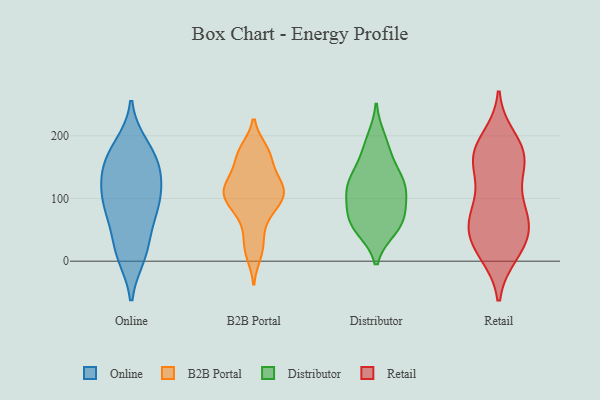
{"axis": {"x": "Inventory Turnover", "y": "Value"}, "legend": ["B2B Portal", "Distributor", "Online", "Retail"], "data": [{"x": "", "y": 79, "type": "Online"}, {"x": "", "y": 183, "type": "Online"}, {"x": "", "y": 76, "type": "Online"}, {"x": "", "y": 121, "type": "Online"}, {"x": "", "y": 91, "type": "Online"}, {"x": "", "y": 163, "type": "Online"}, {"x": "", "y": 87, "type": "Online"}, {"x": "", "y": 156, "type": "Online"}, {"x": "", "y": 129, "type": "Online"}, {"x": "", "y": 10, "type": "Online"}, {"x": "", "y": 172, "type": "Online"}, {"x": "", "y": 21, "type": "Online"}, {"x": "", "y": 129, "type": "Online"}, {"x": "", "y": 17, "type": "Online"}, {"x": "", "y": 177, "type": "B2B Portal"}, {"x": "", "y": 172, "type": "B2B Portal"}, {"x": "", "y": 114, "type": "B2B Portal"}, {"x": "", "y": 89, "type": "B2B Portal"}, {"x": "", "y": 12, "type": "B2B Portal"}, {"x": "", "y": 111, "type": "B2B Portal"}, {"x": "", "y": 135, "type": "B2B Portal"}, {"x": "", "y": 48, "type": "B2B Portal"}, {"x": "", "y": 173, "type": "B2B Portal"}, {"x": "", "y": 122, "type": "B2B Portal"}, {"x": "", "y": 158, "type": "B2B Portal"}, {"x": "", "y": 79, "type": "B2B Portal"}, {"x": "", "y": 117, "type": "B2B Portal"}, {"x": "", "y": 88, "type": "B2B Portal"}, {"x": "", "y": 116, "type": "B2B Portal"}, {"x": "", "y": 100, "type": "B2B Portal"}, {"x": "", "y": 23, "type": "B2B Portal"}, {"x": "", "y": 52, "type": "Distributor"}, {"x": "", "y": 70, "type": "Distributor"}, {"x": "", "y": 60, "type": "Distributor"}, {"x": "", "y": 133, "type": "Distributor"}, {"x": "", "y": 66, "type": "Distributor"}, {"x": "", "y": 94, "type": "Distributor"}, {"x": "", "y": 56, "type": "Distributor"}, {"x": "", "y": 180, "type": "Distributor"}, {"x": "", "y": 151, "type": "Distributor"}, {"x": "", "y": 110, "type": "Distributor"}, {"x": "", "y": 113, "type": "Distributor"}, {"x": "", "y": 118, "type": "Distributor"}, {"x": "", "y": 194, "type": "Distributor"}, {"x": "", "y": 126, "type": "Distributor"}, {"x": "", "y": 165, "type": "Retail"}, {"x": "", "y": 84, "type": "Retail"}, {"x": "", "y": 87, "type": "Retail"}, {"x": "", "y": 180, "type": "Retail"}, {"x": "", "y": 42, "type": "Retail"}, {"x": "", "y": 13, "type": "Retail"}, {"x": "", "y": 51, "type": "Retail"}, {"x": "", "y": 52, "type": "Retail"}, {"x": "", "y": 167, "type": "Retail"}, {"x": "", "y": 167, "type": "Retail"}, {"x": "", "y": 71, "type": "Retail"}, {"x": "", "y": 138, "type": "Retail"}, {"x": "", "y": 176, "type": "Retail"}, {"x": "", "y": 196, "type": "Retail"}, {"x": "", "y": 12, "type": "Retail"}, {"x": "", "y": 83, "type": "Retail"}, {"x": "", "y": 42, "type": "Retail"}, {"x": "", "y": 20, "type": "Retail"}, {"x": "", "y": 141, "type": "Retail"}]}